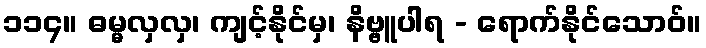
၁၁၄။ ဓမ္မလှလှ၊ ကျင့်နိုင်မှ၊ နိဗ္ဗူပါရ - ရောက်နိုင်သောဝ်။